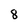
Character: 8